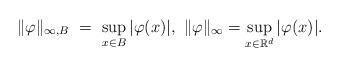
LaTeX: \begin{align*}\| \varphi \|_{\infty, B} \ = \ \sup_{x \in B} | \varphi (x)|, \ \|\varphi\|_{\infty} = \sup_{x \in \mathbb{R}^d}| \varphi(x)|.\end{align*}